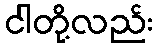
ငါတို့လည်း